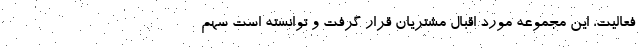
فعالیت، این مجموعه مورد اقبال مشتریان قرار گرفت و توانسته است سهم